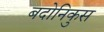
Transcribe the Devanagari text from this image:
बदोनिकुस